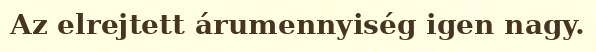
Az elrejtett árumennyiség igen nagy.